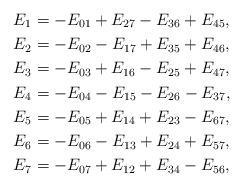
LaTeX: \begin{align*} E_1&=-E_{01}+E_{27}-E_{36}+E_{45},\\ E_2&=-E_{02}-E_{17}+E_{35}+E_{46},\\ E_3&=-E_{03}+E_{16}-E_{25}+E_{47},\\ E_4&=-E_{04}-E_{15}-E_{26}-E_{37},\\ E_5&=-E_{05}+E_{14}+E_{23}-E_{67},\\ E_6&=-E_{06}-E_{13}+E_{24}+E_{57},\\ E_7&=-E_{07}+E_{12}+E_{34}-E_{56}, \end{align*}